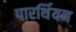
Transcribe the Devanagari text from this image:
पारर्थियन